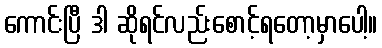
ကောင်းပြီ ဒါ ဆိုရင်လည်းစောင့်ရတော့မှာပေါ့။